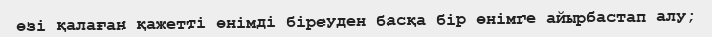
өзі қалаған қажетті өнімді біреуден басқа бір өнімге айырбастап алу;